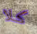
كلا